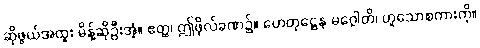
ဆိုဖွယ်အထူး မိန့်ဆိုဦးအံ့။ ဧတ္ထ၊ ဤဖိုလ်ခဏ၌။ ဟေတုဋ္ဌေန မဂ္ဂေါတိ၊ ဟူသောစကားကို။